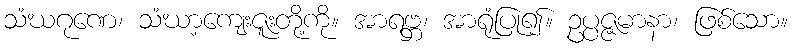
သံဃဂုဏေ၊ သံဃာ့ကျေးဇူးတို့ကို။ အာရဗ္ဘ၊ အာရုံပြု၍။ ဥပ္ပဇ္ဇမာနာ၊ ဖြစ်သော။